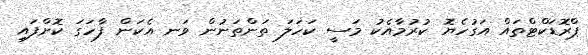
ޕްރޮޑަކްޓްތައް އަގުހެޔޮ ކުރުމާއެކު މަސީ ކަހަލަ ތަންތަނުން ވަނ އެކަން ފާހަގަ ކޮށްފައި